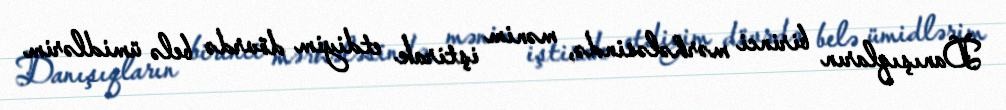
Danışıqların birinci mərhələsində, mənim iştirak etdiyim dövrdə belə ümidlərim